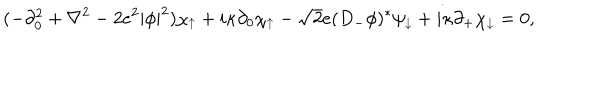
( - \partial _ { 0 } ^ { 2 } + \nabla ^ { 2 } - 2 e ^ { 2 } | \phi | ^ { 2 } ) \chi _ { \uparrow } + i \kappa \partial _ { 0 } \chi _ { \uparrow } - \sqrt { 2 } e ( D _ { - } \phi ) ^ { * } \psi _ { \downarrow } + i \kappa \partial _ { + } \chi _ { \downarrow } = 0 ,